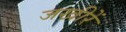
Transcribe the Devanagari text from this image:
जखीरें